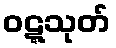
ဝဋ္ဋသုတ်